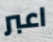
اعبر